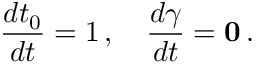
\frac { d t _ { 0 } } { d t } = 1 \, , \quad \frac { d \boldsymbol { \gamma } } { d t } = { \bf 0 } \, .